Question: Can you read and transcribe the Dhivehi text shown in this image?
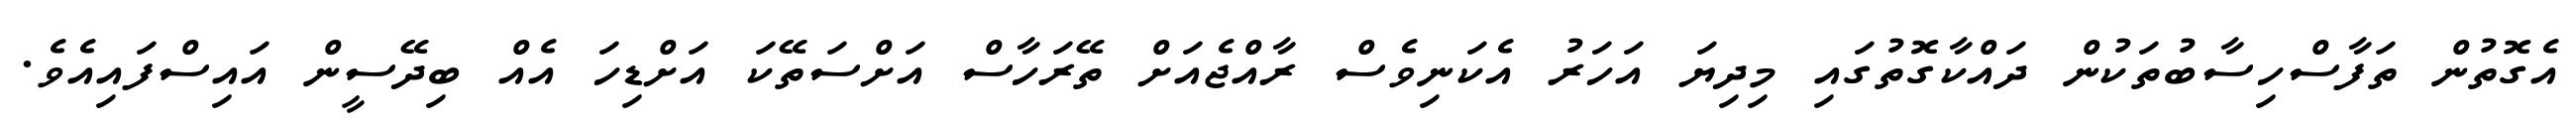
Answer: އެގޮތުން ތަފާސްހިސާބުތަކުން ދައްކާގޮތުގައި މިދިޔަ އަހަރު އެކަނިވެސް ރާއްޖެއަށް ތޭރަހާސް އަށްސަތޭކަ އަށްޑިހަ އެއް ބިދޭސީން އައިސްފައިއެވެ.